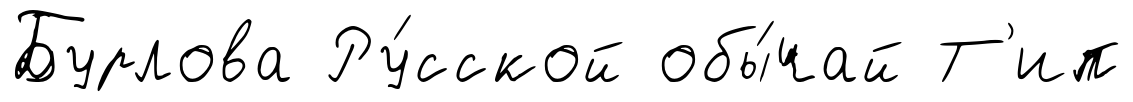
Бурлова Ру́сской обы́чай Т'ип